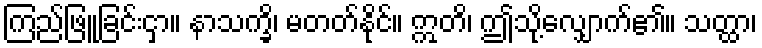
ကြည်ဖြူခြင်းငှာ။ နာသက္ခိ၊ မတတ်နိုင်။ ဣတိ၊ ဤသို့လျှောက်၏။ သတ္ထာ၊